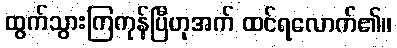
ထွက်သွားကြကုန်ပြီဟုအက် ထင်ရလောက်၏။